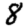
Digit: 8